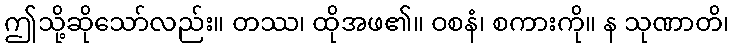
ဤသို့ဆိုသော်လည်း။ တဿ၊ ထိုအဖ၏။ ဝစနံ၊ စကားကို။ န သုဏာတိ၊